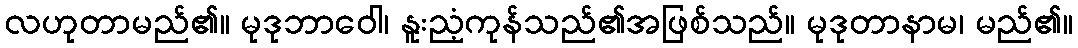
လဟုတာမည်၏။ မုဒုဘာဝေါ၊ နူးညံ့ကုန်သည်၏အဖြစ်သည်။ မုဒုတာနာမ၊ မည်၏။